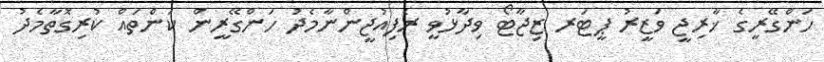
ހަންގޭރީގެ ޚާރިޖީ ވަޒީރު ޕީޓަރ ޒިޖާޓޯ ވިދާޅުވީ ރެފިއުޖީންނާމެދު ހަންގޭރީން ކަންތައް ކުރިގޮތާމެދު